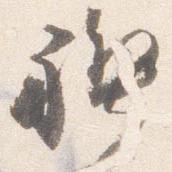
禊